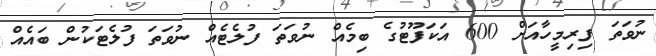
ނުވަތަ ފިރިމީހާއަށް 600 އަކަފޫޓުގެ ބިމެއް ނުވަތަ ފުލެޓެއް ނުވަތަ ފުލެޓަކުން ބައެއް